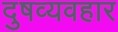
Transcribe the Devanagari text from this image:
दुषव्यवहार